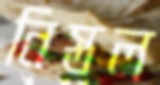
নিস্তল